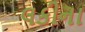
લકીના